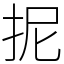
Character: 抳